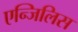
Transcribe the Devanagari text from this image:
एन्जिलिस